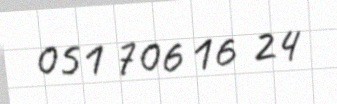
051 706 16 24